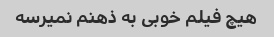
هیچ فیلم خوبی به ذهنم نمیرسه